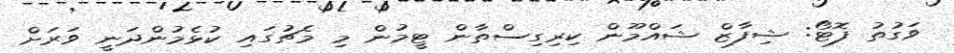
ވަގުތު ފޮޓޯ: ޝިފާޒް ޝައްމޫން ކިރިގިސްތާން ޓީމުން މި މެޗުގައި ކުޅެމުންދަނީ ވަރަށް